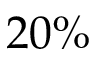
2 0 \%